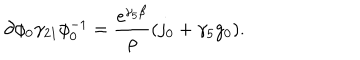
\partial \phi _ { 0 } \gamma _ { 2 1 } \phi _ { 0 } ^ { - 1 } = \frac { \mathrm { e } ^ { \gamma _ { 5 } \beta } } { \rho } ( j _ { 0 } + \gamma _ { 5 } g _ { 0 } ) .